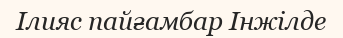
Ілияс пайғамбар Інжілде